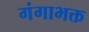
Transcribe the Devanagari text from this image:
गंगाभक्त